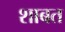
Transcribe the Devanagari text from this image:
शाबत